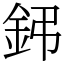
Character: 鈟